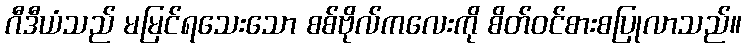
ဂီဒီယံသည် မမြင်ရသေးသော စစ်ဗိုလ်ကလေးကို စိတ်ဝင်စားစပြုလာသည်။